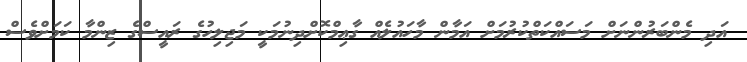
އަދި މެންބަރުންނަށް މަސައްކަތްކުރުމަށް އަމާން މާހައުލެއް ގާޢިމްކޮށްދިނުމަކީ މަޖިލިހުގެ ރައީސްގެ ޒިންމާ ކަމަށްވެސް